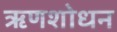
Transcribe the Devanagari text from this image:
ऋणशोधन